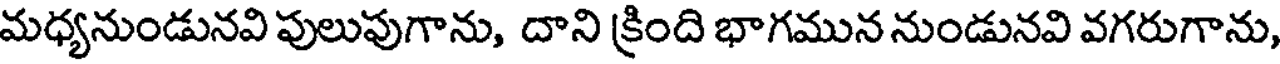
మధ్యనుండునవి పులుపుగాను, దాని క్రింది భాగమున నుండునవి వగరుగాను,